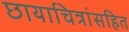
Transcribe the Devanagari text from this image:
छायाचित्रांसहित